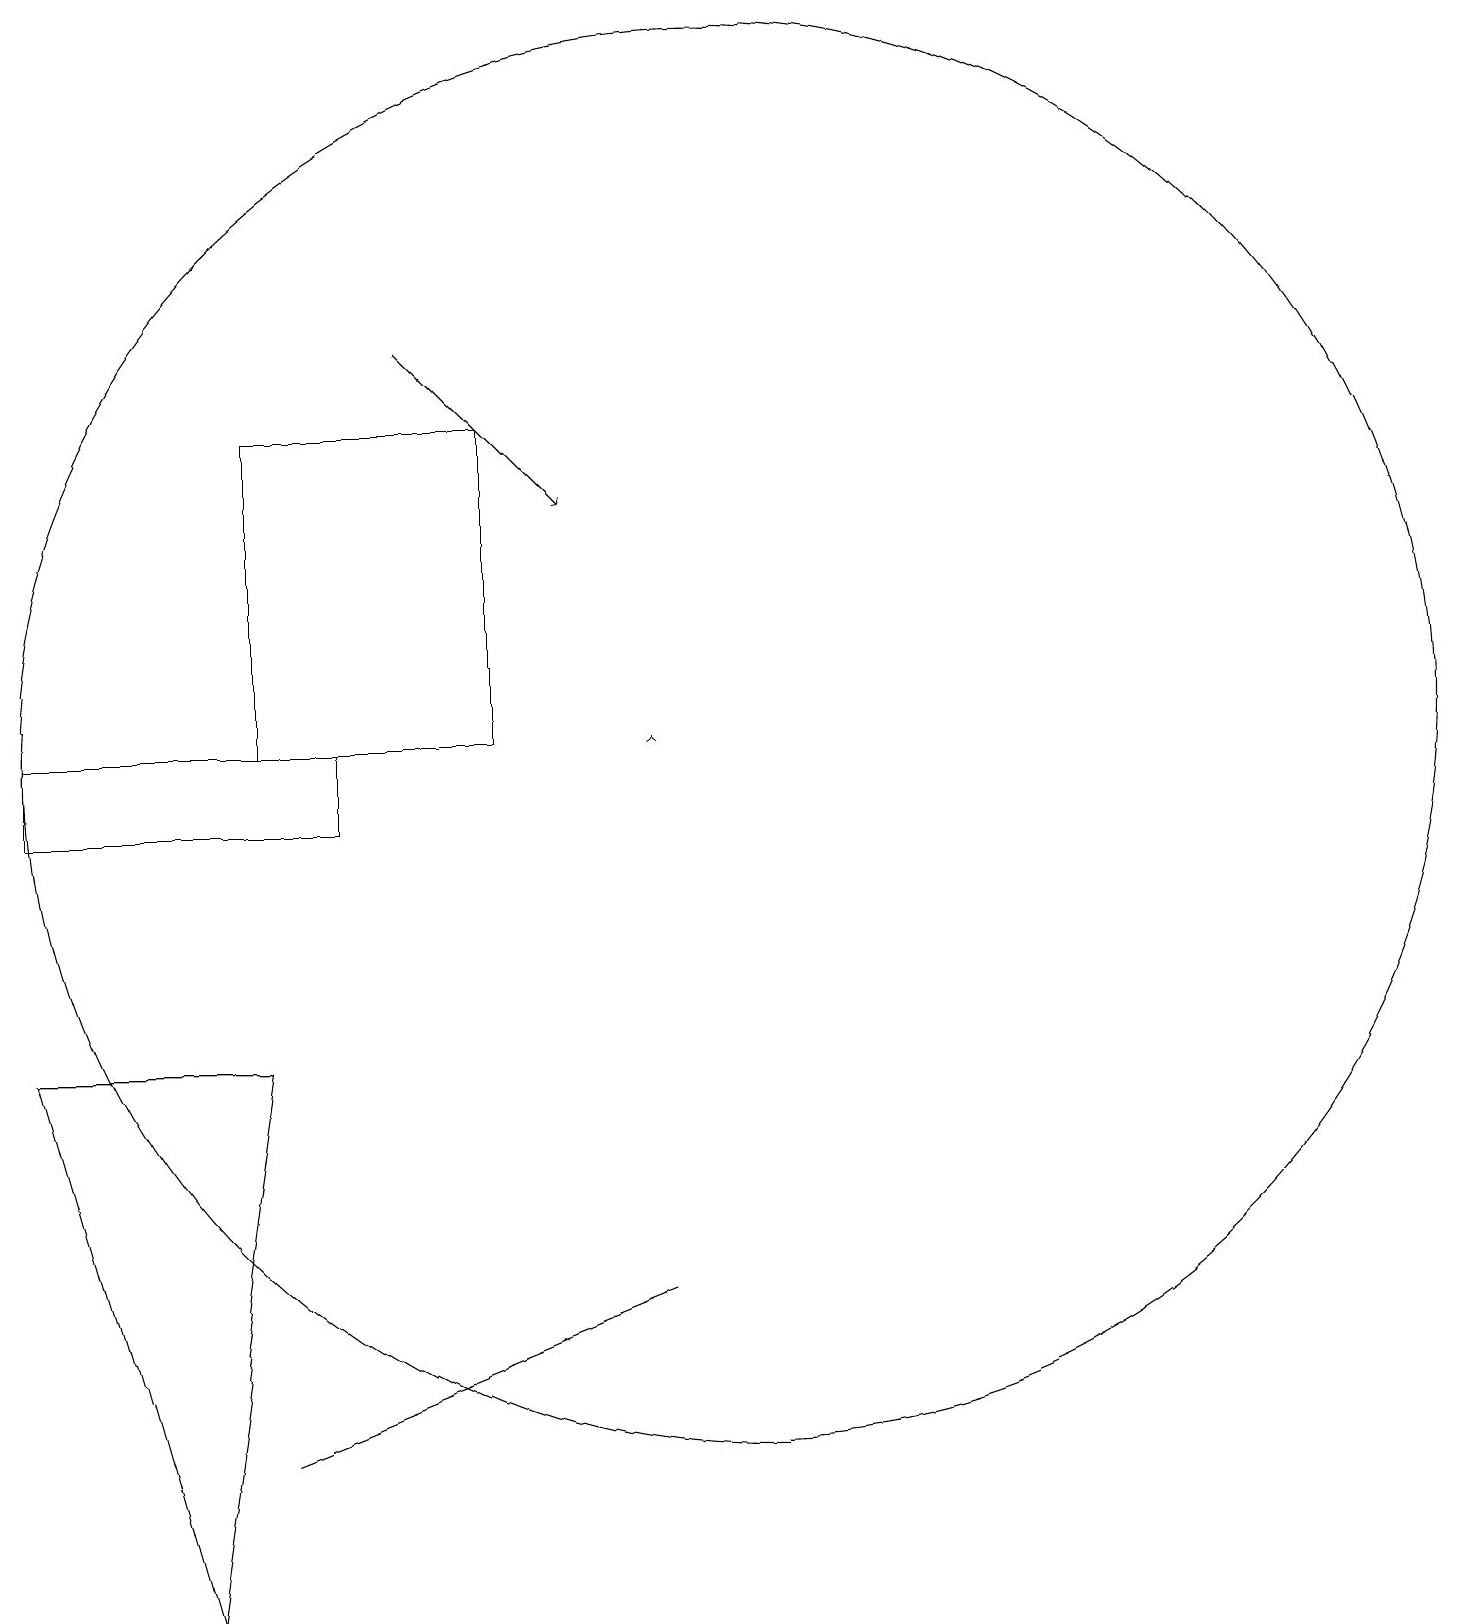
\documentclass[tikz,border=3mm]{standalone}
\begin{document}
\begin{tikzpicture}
\draw (7,11) rectangle (4,15);
\draw (5,11) rectangle (1,10);
\draw (10,11) circle (9);
\draw[->] (6,16) -- (8,14);
\draw[->] (9,11) -- (9,11);
\draw (9,4) -- (4,2) -- (9,4) -- cycle;
\draw (4,7) -- (3,0) -- (1,7) -- cycle;
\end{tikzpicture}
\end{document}